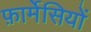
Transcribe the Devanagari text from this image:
फ़ार्मेसियों